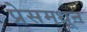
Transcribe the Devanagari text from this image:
प्रेसमधून